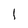
Character: 1